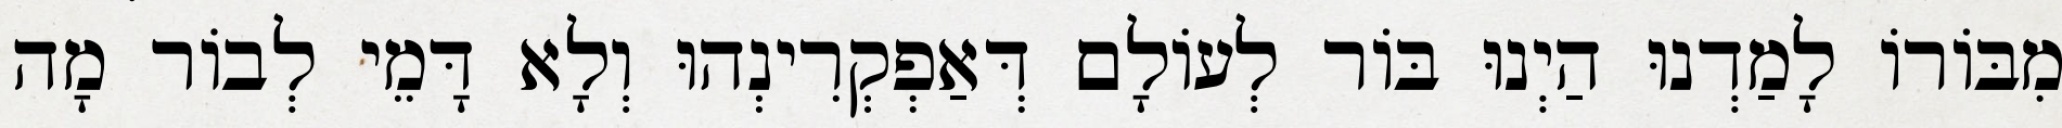
מִבּוֹרוֹ לָמַדְנוּ הַיְנוּ בּוֹר לְעוֹלָם דְּאַפְקְרִינְהוּ וְלָא דָּמֵי לְבוֹר מָה